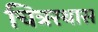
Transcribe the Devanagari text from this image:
चित्ररथास